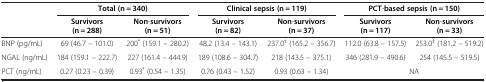
| <ROWSPAN=2>  | <COLSPAN=2> Total (n = 340) | <COLSPAN=2> Clinical sepsis (n = 119) | <COLSPAN=2> PCT-based sepsis (n = 150) |
 | Survivors (n = 288) | Non-survivors (n = 51) | Survivors (n = 82) | Non-survivors (n = 37) | Survivors (n = 117) | Non-survivors (n = 33) |
 | --- | --- | --- | --- | --- | --- | --- |
 | BNP (pg/mL) | 69 (46.7 – 101.0) | 200* (159.1 – 280.2) | 48.2 (13.4 – 143.1) | 237.0† (165.2 – 356.7) | 112.0 (63.8 – 157.5) | 253.0‡ (181.2 – 519.2) |
 | NGAL (ng/mL) | 184 (159.1 – 222.7) | 227 (161.4 – 444.9) | 189 (108.6 – 304.7) | 218 (143.5 – 375.1) | 346 (281.9 – 490.6) | 254 (145.5 – 519.5) |
 | PCT (ng/mL) | 0.27 (0.23 – 0.39) | 0.93* (0.54 – 1.35) | 0.76 (0.43 – 1.52) | 0.93 (0.63 – 1.34) | <COLSPAN=2> NA |